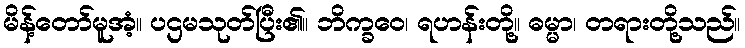
မိန့်တော်မူအံ့။ ပဌမသုတ်ပြီး၏။ ဘိက္ခဝေ၊ ရဟန်းတို့။ ဓမ္မာ၊ တရားတို့သည်။